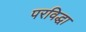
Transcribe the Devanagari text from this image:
परविद्धा